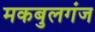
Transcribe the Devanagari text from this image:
मकबुलगंज